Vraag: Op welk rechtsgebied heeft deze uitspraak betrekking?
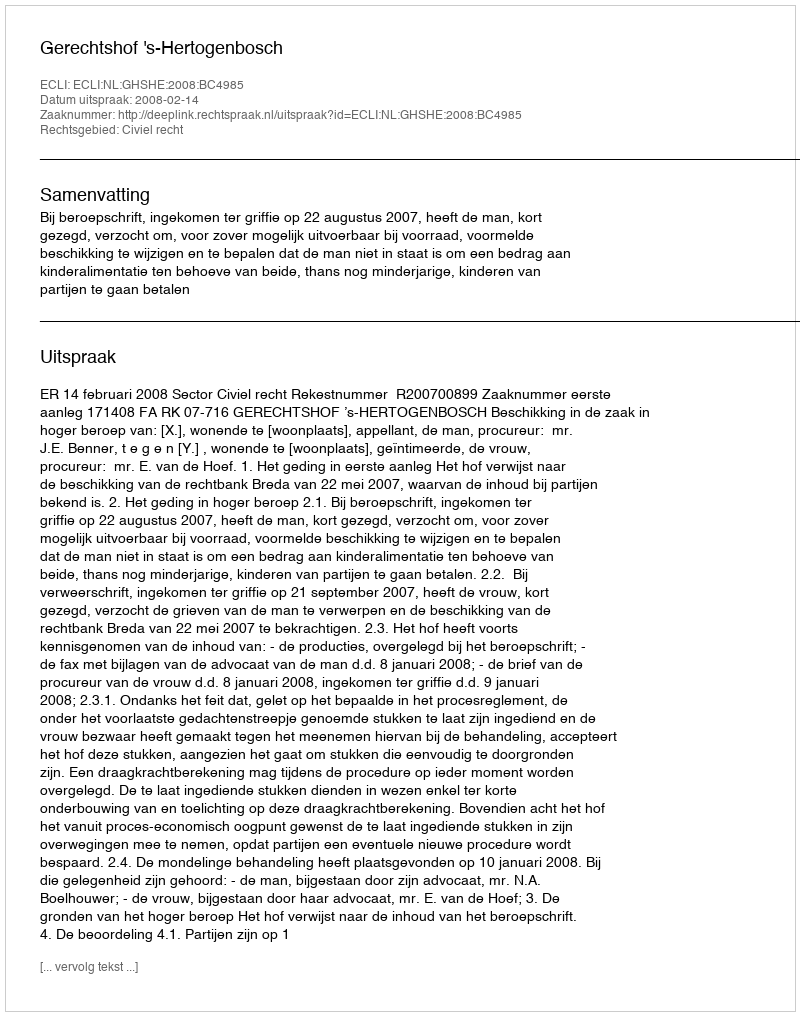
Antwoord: Civiel recht